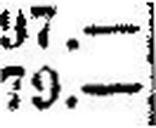
79.—